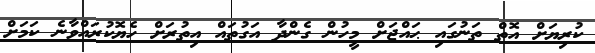
ކުރިޔަށް އޮތް ތަނުގައި ޙައްޖަށް މީހުން ގެންދާ އަގުތައް އިތުރަށް ހެޔޮކުރައްވާނެ ކަމަށް